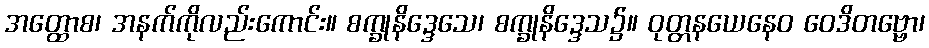
အတ္ထောစ၊ အနက်ကိုလည်းကောင်း။ စက္ခုနိဒ္ဒေသေ၊ စက္ခုနိဒ္ဒေသ၌။ ဝုတ္တနယေနေဝ ဝေဒိတဗ္ဗော၊